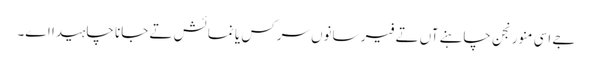
جے اسی منورنجن چاہنے آں تے فیر سانوں سرکس یا نمائش تے جانا چاہیدا اے۔